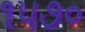
૧૫૭૦